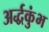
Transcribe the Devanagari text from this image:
अर्द्धकुंभ